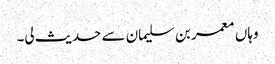
وہاں معمر بن سلیمان سے حدیث لی۔